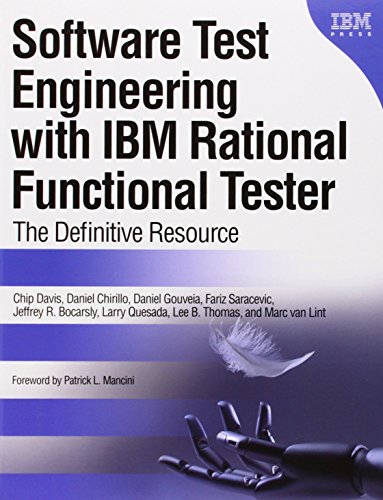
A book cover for Software Test Engineering with IBM Rational Functional Tester: The Definitive Resource; Chip Davis; Computers & Technology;